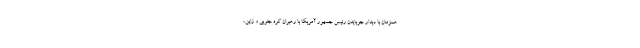
همزمان با دیدار جوبایدن رئیس جمهور آمریکا با رهبران کره جنوبی و ژاپن،